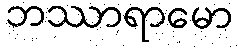
ဘဿာရာမော